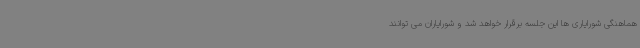
هماهنگی شورایاری ها این جلسه برقرار خواهد شد و شورایاران می توانند